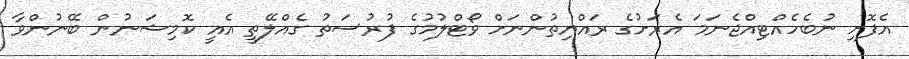
އެފޮށި ނުބެހެއްޓިއްޖެނަމަ އެރަށުގެ ރައްޔިތުންނަށް ވޯޓްލުމުގެ ފުރުސަތު ގެއްލޭތީ އެއީ ކޮމިޝަނުން ބޭނުންވާ